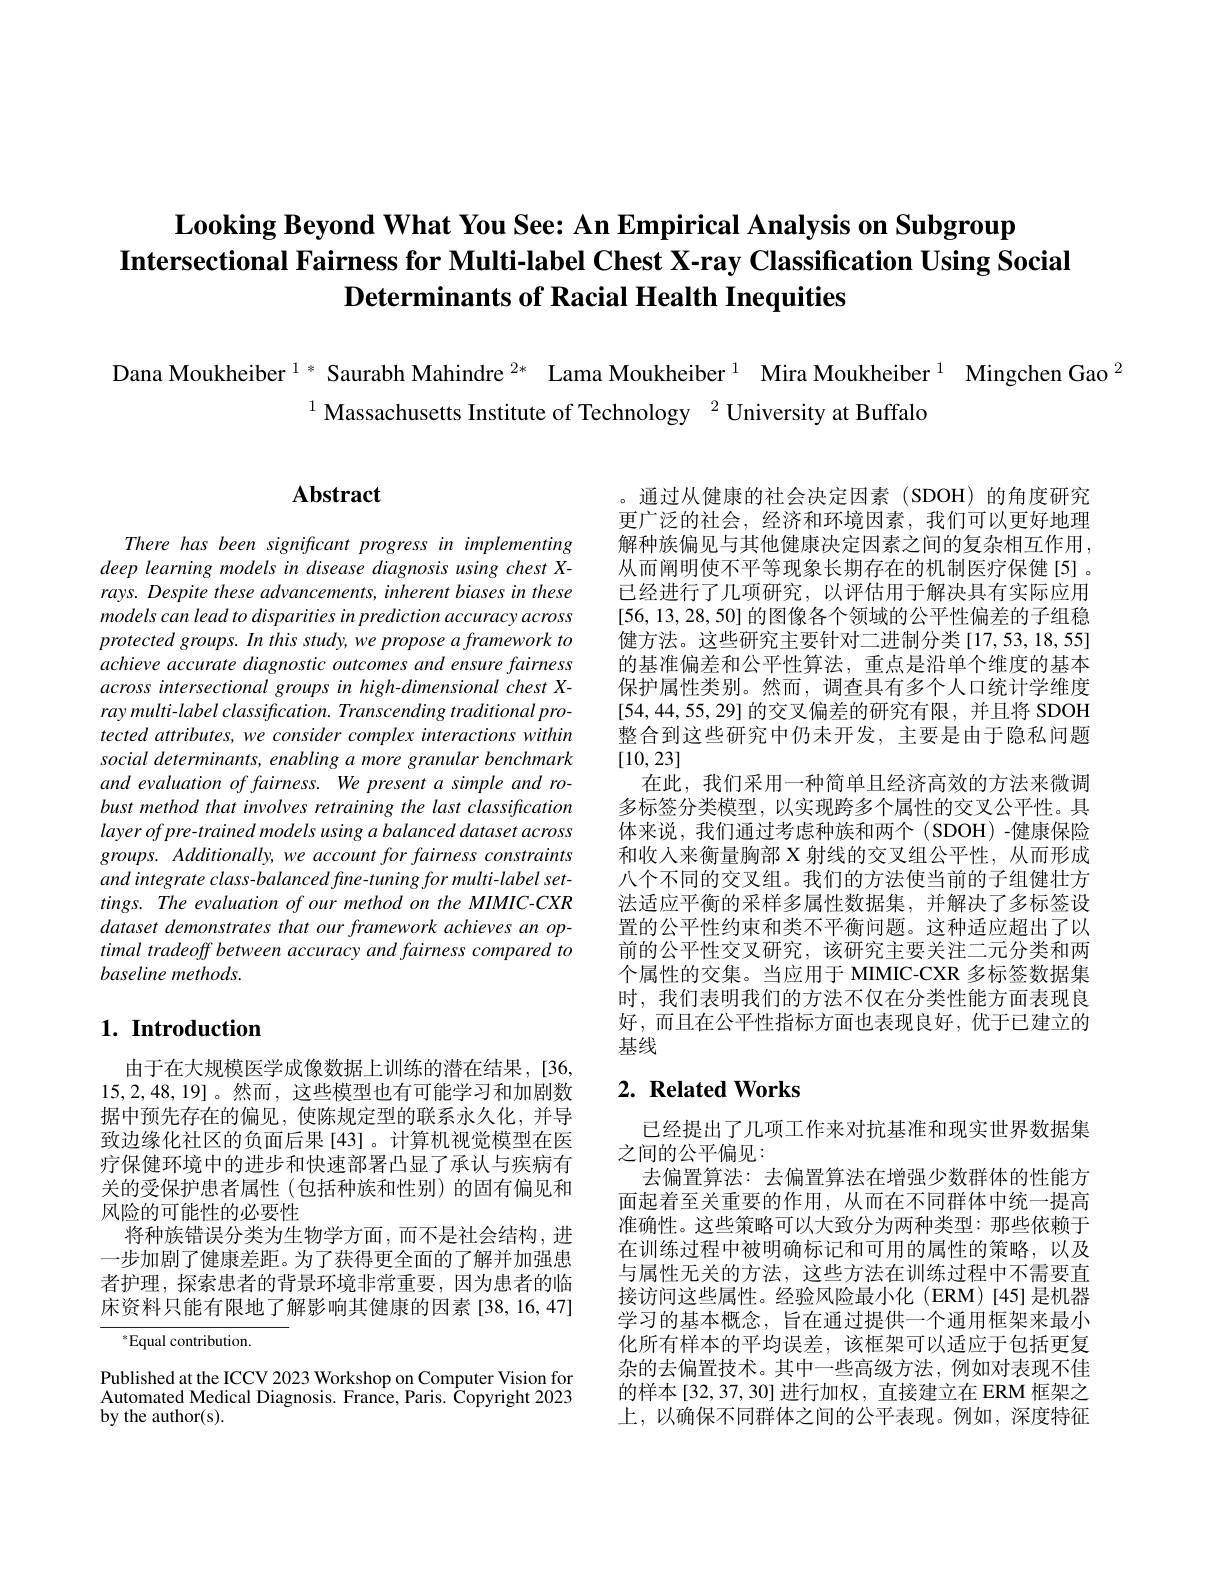
# Looking Beyond What You See: An Empirical Analysis on Subgroup Intersectional Fairness for Multi-label Chest X-ray Classification Using Social Determinants of Racial Health Inequities

Dana Moukheiber $^{1*}$ Saurabh Mahindre $^{2*}$ Lama Moukheiber $^{1}$ Mira Moukheiber $^{1}$ Mingchen Gao $^{2}$
$^{1}$ Massachusetts Institute of Technology $^{2}$ University at Buffalo

# $\mathbf{Abstract}$

There has been significant progress in implementing deep learning models in disease diagnosis using chest Xrays. Despite these advancements, inherent biases in these models can lead to disparities in prediction accuracy across $protectedgroups.Inthisstudy,weproposeaframeworkto$ achieve accurate diagnostic outcomes and ensure fairness across intersectional groups in high-dimensional chest Xray multi- label classification. Transcending traditional protected attributes, we consider complex interactions within social determinants, enabling a more granular benchmark and evaluation of fairness. We present a simple and robust method that involves retraining the last classification 多标签分类模型，以实现跨多个属性的交叉公平性。具
layer of pre- trained models using a balanced dataset across groups. Additionally, we account for fairness constraints and integrate class-balanced fine-tuning for multi-label settings. The evaluation of our method on the MIMIC-CXR dataset demonstrates that our framework achieves an optimal tradeoff between accuracy and fairness compared to baseline methods.

# 1. Introduction

由于在大规模医学成像数据上训练的潜在结果，[36, 15,2,48,19]。然而，这些模型也有可能学习和加剧数据中预先存在的偏见，使陈规定型的联系永久化，并导致边缘化社区的负面后果[43]。计算机视觉模型在医疗保健环境中的进步和快速部署凸显了承认与疾病有关的受保护患者属性(包括种族和性别)的固有偏见和风险的可能性的必要性
将种族错误分类为生物学方面，而不是社会结构，进一步加剧了健康差距。为了获得更全面的了解并加强患者护理，探索患者的背景环境非常重要，因为患者的临床资料只能有限地了解影响其健康的因素[38,16,47]

$^*$Equal contribution.

Published at the ICCV 2023 Workshop on Computer Vision for Automated Medical Diagnosis. France, Paris. Copyright 2023 by the author(s).

。通过从健康的社会决定因素(SDOH)的角度研究更广泛的社会，经济和环境因素，我们可以更好地理解种族偏见与其他健康决定因素之间的复杂相互作用， 从而阐明使不平等现象长期存在的机制医疗保健[5]。已经进行了几项研究，以评估用于解决具有实际应用[56,13,28,50]的图像各个领域的公平性偏差的子组稳健方法。这些研究主要针对二进制分类[17,53,18,55] 的基准偏差和公平性算法，重点是沿单个维度的基本保护属性类别。然而，调查具有多个人口统计学维度[54,44,55,29]的交叉偏差的研究有限，并且将 SDOH 整合到这些研究中仍未开发，主要是由于隐私问题[10,23]
在此，我们采用一种简单且经济高效的方法来微调体来说，我们通过考虑种族和两个(SDOH)-健康保险和收入来衡量胸部 X 射线的交叉组公平性，从而形成八个不同的交叉组。我们的方法使当前的子组健壮方法适应平衡的采样多属性数据集，并解决了多标签设置的公平性约束和类不平衡问题。这种适应超出了以前的公平性交叉研究，该研究主要关注二元分类和两个属性的交集。当应用于 MIMIC-CXR 多标签数据集时，我们表明我们的方法不仅在分类性能方面表现良好，而且在公平性指标方面也表现良好，优于已建立的基线

## $2. \textbf{ Related Works}$

已经提出了几项工作来对抗基准和现实世界数据集
之间的公平偏见：
去偏置算法：去偏置算法在增强少数群体的性能方面起着至关重要的作用，从而在不同群体中统一提高淮确性。这些策略可以大致分为两种类型：那些依赖于在训练过程中被明确标记和可用的属性的策略，以及与属性无关的方法，这些方法在训练过程中不需要直接访问这些属性。经验风险最小化(ERM)[45]是机器学习的基本概念，旨在通过提供一个通用框架来最小化所有样本的平均误差，该框架可以适应于包括更复杂的去偏置技术。其中一些高级方法，例如对表现不佳的样本[32,37,30]进行加权，直接建立在ERM框架之上，以确保不同群体之间的公平表现。例如，深度特征